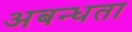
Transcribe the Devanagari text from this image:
अबन्धता